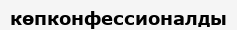
көпконфессионалды